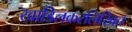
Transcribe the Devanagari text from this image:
खाडिलकरलिखित